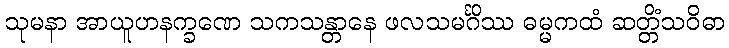
သုမနာ အာယူဟနက္ခဏေ သကသန္တာနေ ဖလသမင်္ဂိဿ ဓမ္မကထံ ဆတ္တိံသဝိဓာ